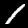
Digit: 1